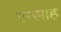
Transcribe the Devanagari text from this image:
एन्साह